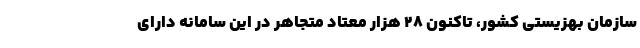
سازمان بهزیستی کشور، تاکنون ۲۸ هزار معتاد متجاهر در این سامانه دارای